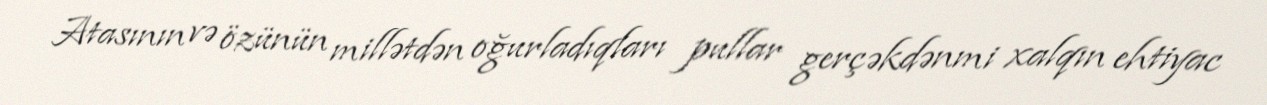
Atasının və özünün millətdən oğurladıqları pullar gerçəkdənmi xalqın ehtiyac